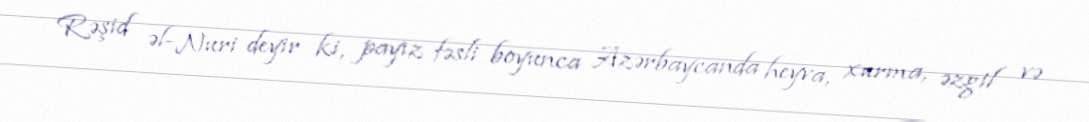
Rəşid əl-Nuri deyir ki, payız fəsli boyunca Azərbaycanda heyva, xurma, əzgil və